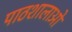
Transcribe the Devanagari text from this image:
पाठशालाओ